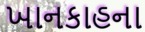
ખાનકાહના